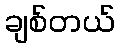
ချစ်တယ်